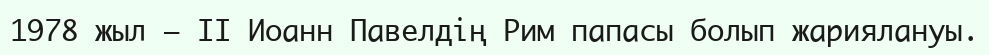
1978 жыл — II Иоанн Павелдің Рим папасы болып жариялануы.